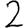
Digit: 2